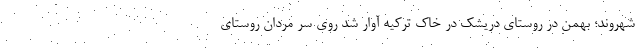
شهروند؛ بهمن در روستای دریشک در خاک ترکیه آوار شد روی سر مردان روستای